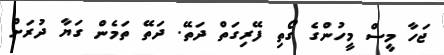
ޖަހާ މީސް މީހުންގެ ގޯތި ފޭރިގަތް ދަތޭ. ދަތޭ ތަމެން ގަޔާ ދުރަށް